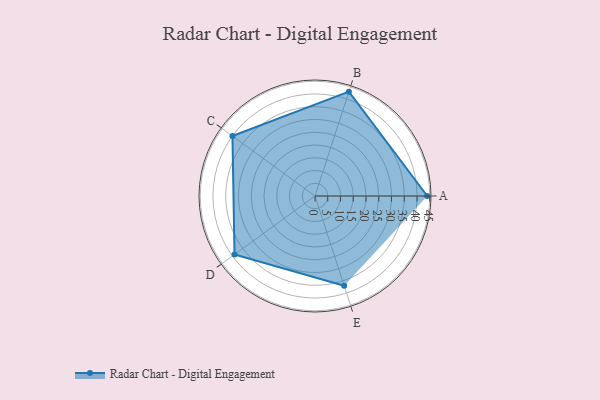
{"axis": {"x": "Skill", "y": "Score"}, "legend": ["Profile"], "data": [{"x": "A", "y": 44.0, "type": "Profile"}, {"x": "B", "y": 43.0, "type": "Profile"}, {"x": "C", "y": 40.0, "type": "Profile"}, {"x": "D", "y": 39.0, "type": "Profile"}, {"x": "E", "y": 37.0, "type": "Profile"}]}